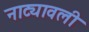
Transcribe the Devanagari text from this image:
नाट्यावली